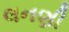
લનણી